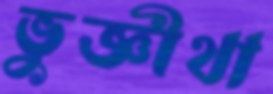
ভুজ্ঞীথা